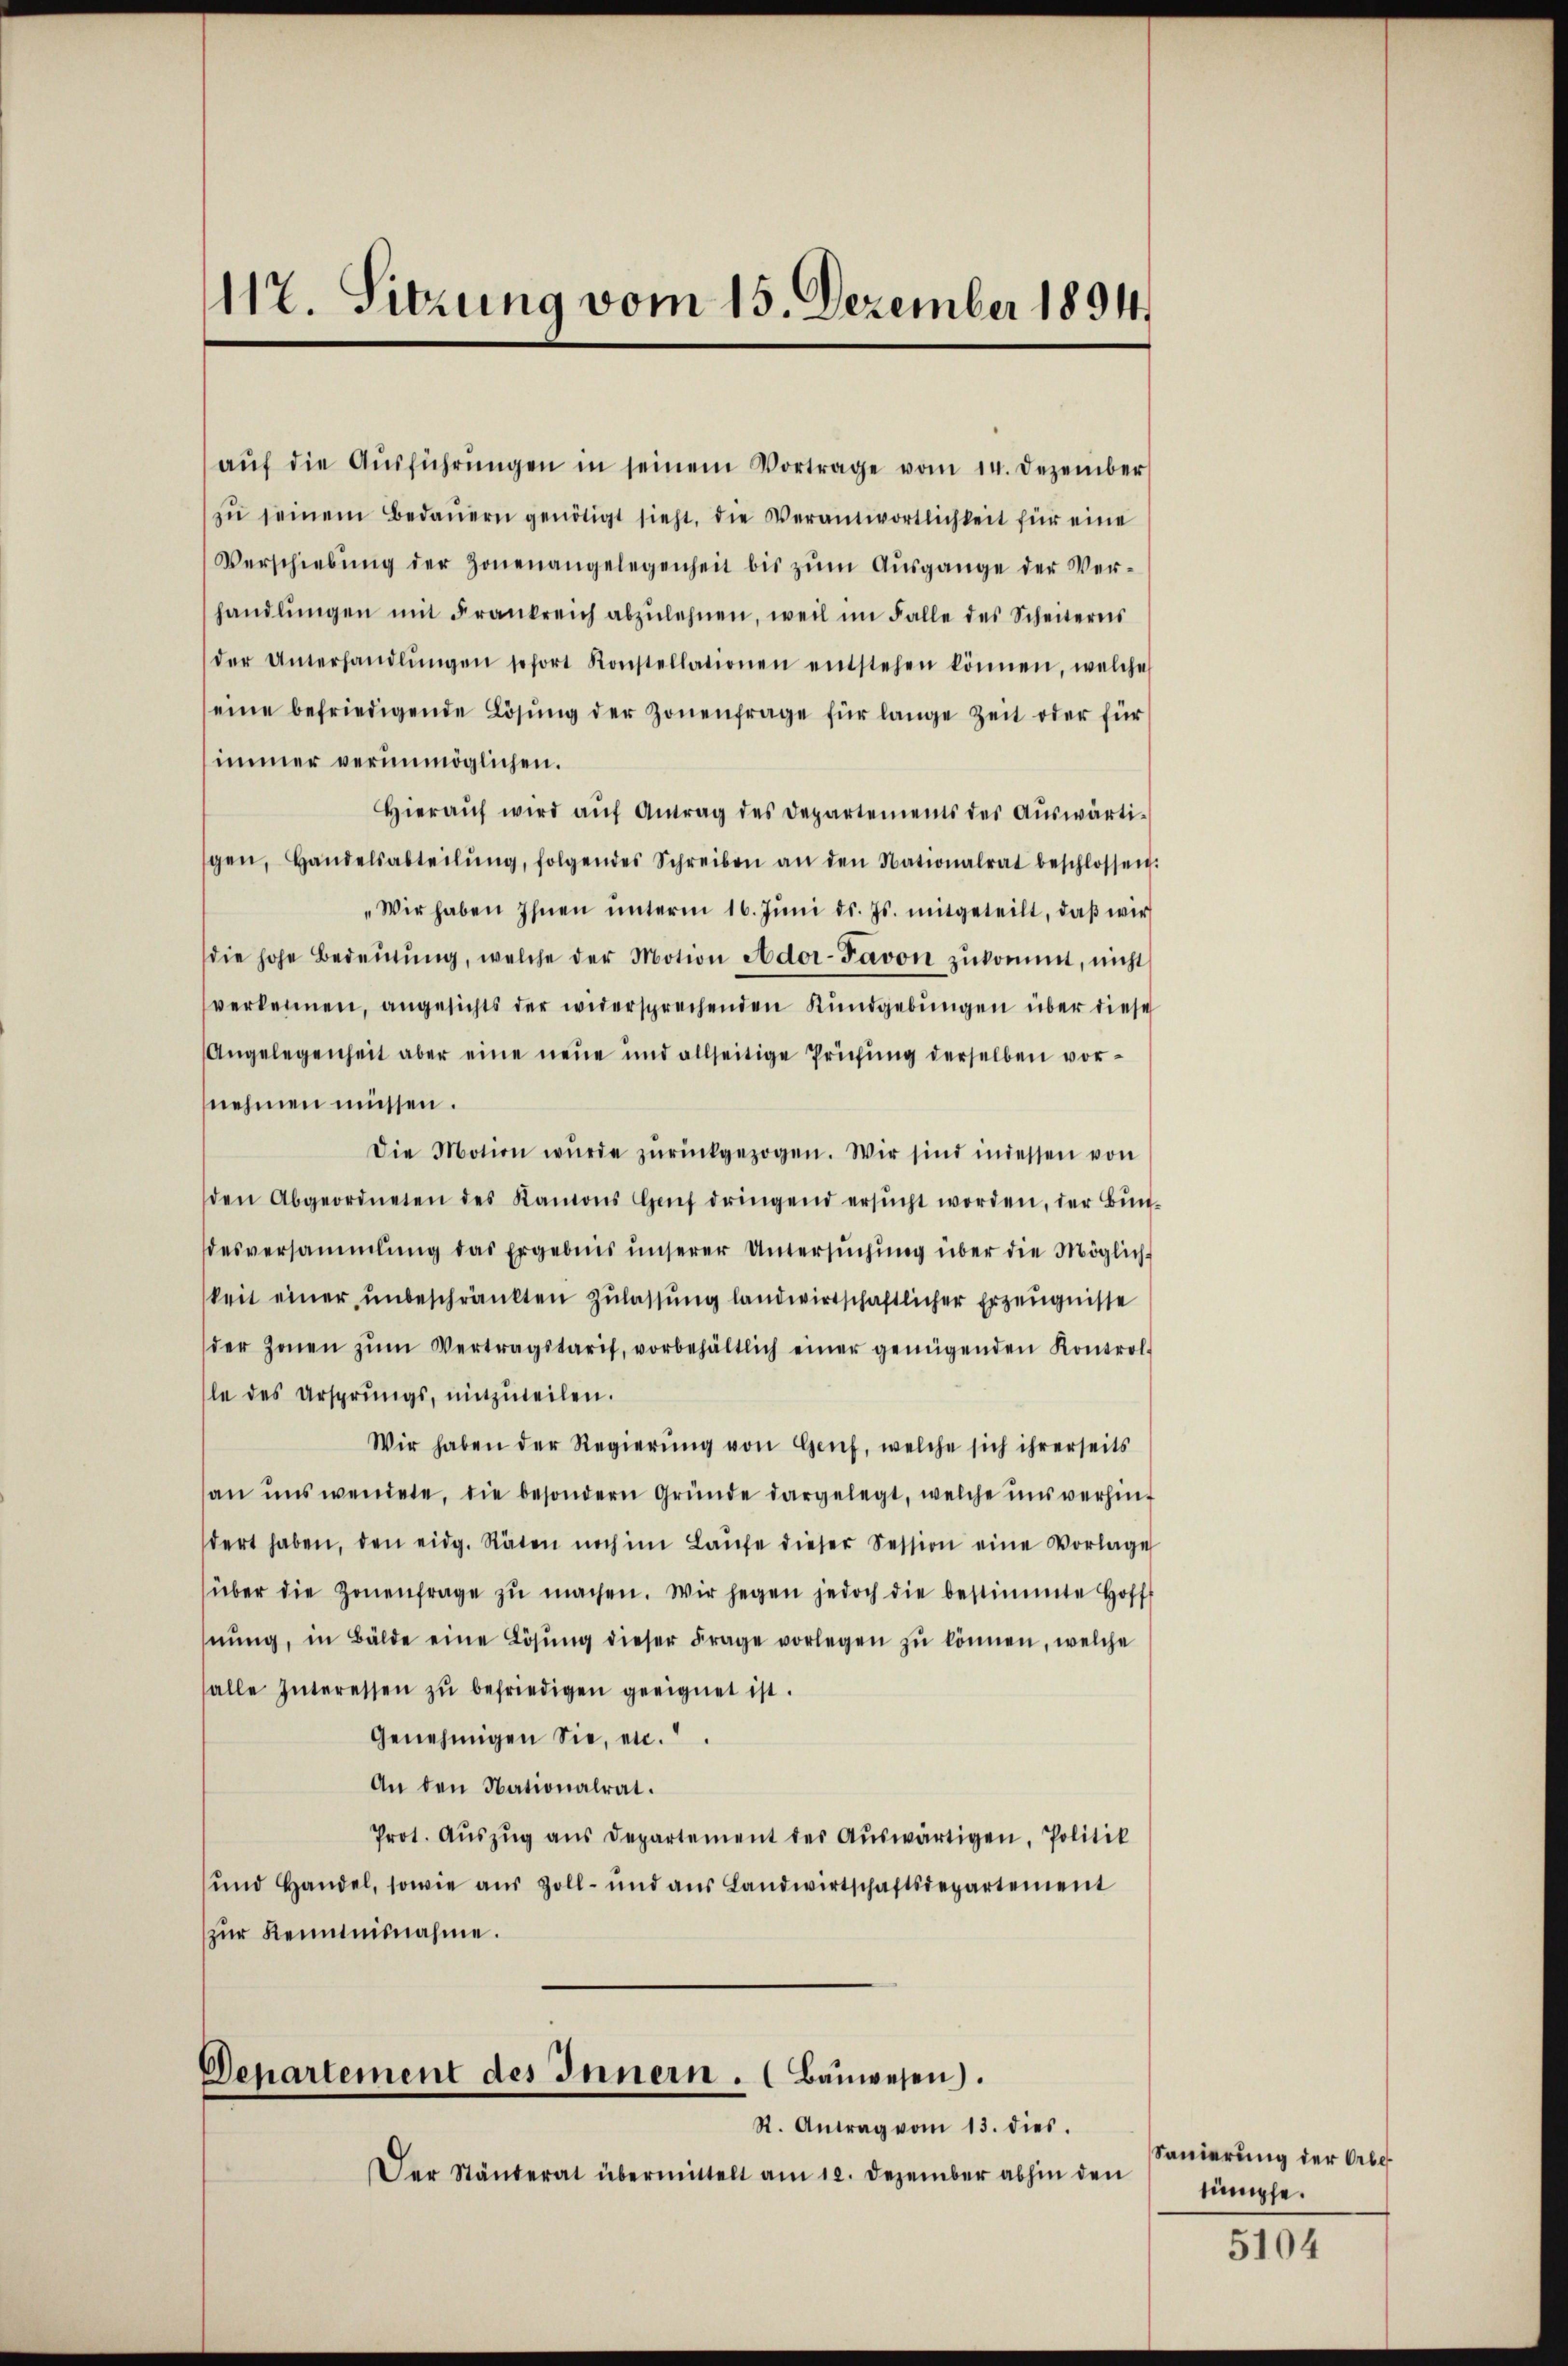
117. Sitzung vom 15. Dezember 1894.

aŭf die Aŭsführŭngen in seinem Vortrage vom 14. Dezember
zŭ seinem Bedaŭern genötigt sieht, die Verantwortlichkeit für eine
Verschiebŭng der Zonenangelegenheit bis zŭm Aŭsgange der Ver-
handlŭngen mit Frankreich abzulehnen, weil im Falle des Scheiterns
der Unterhandlŭngen sofort Konstellationen entstehen können, welche
eine befriedigende Lösung der Zonenfrage für lange Zeit oder für
immer verunmöglichen.
Hieraŭf wird aŭf Antrag des Departements des Aŭswärti-
gen, Handelsabteilŭng, folgendes Schreiben an den Nationalrat beschlossen.
"Wir haben Ihnen ŭnterm 16. Jŭni d. Js. mitgeteilt, daβ wir
die hohe Bedeŭtŭng, welche der Motion Ador-Pavon zŭkommt, nicht
verkennen, angesichts der widersprechenden Kundgebŭngen über diese
Angelegenheit aber eine neue und allseitige Prüfŭng derselben vor-
nehmen müssen.
Die Motion wurde zŭrückgezogen. Wir sind indessen von
den Abgeordneten des Kantons auf dringend ersŭcht worden, der Bundesversammlung das Ergebnis unserer Untersŭchŭng über die Möglich-
keit einer ŭnbeschränkten Zŭlassŭng landwirtschaftlicher Erzeugnisse
der Zonen zŭm Vertragstaris, vorbehältlich einer genügenden Kontrol-
le des Ursprungs, mitzuteilen.
Wir haben der Regierŭng von Genf, welche sich ihrerseits
an uns wendete, die besondern Gründe dargelegt, welche uns verhindert haben, den eidg. Räten noch im Laŭfe dieser Session eine Vorlage
über die Zonenfrage zŭ machen. Wir gegen jedoch die bestimmte Hoff
nŭng, in Bälde eine Lösung dieser Frage vorlegen zŭ können, welche
alle Interessen zŭ befriedigen geeignet ist.
Genehmigen Sie, etc.
An den Nationalrat.
Prot. Aŭszŭg aŭs Departement der Aŭswärtigen, Politik
ŭnd Handel, sowie aŭs Zoll- und aŭs Landwirtschaftsdepartement
zur Reimnisnahme.

Departement des Innern. (Bauwesen).
St. Antrag vom 13. dies.

Der Ständerat übermittelt am 12. Dezember abhin den

Sanierung der Orbesümpfe.

5104